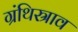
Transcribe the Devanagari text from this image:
ग्रंथिस्राव